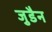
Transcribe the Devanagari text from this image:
जुडैन